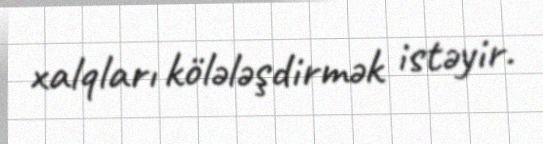
xalqları kölələşdirmək istəyir.